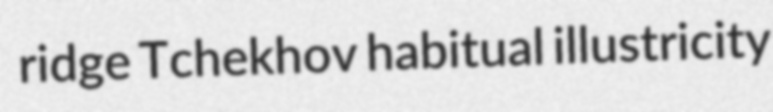
ridge Tchekhov habitual illustricity